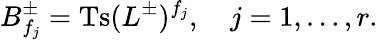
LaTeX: B_{f_{j}}^{\pm}=\mathrm{Ts}(L^{\pm})^{f_{j}},\quad j=1,\ldots,r.